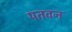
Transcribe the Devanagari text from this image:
पतवन